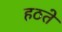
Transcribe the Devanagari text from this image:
हठते